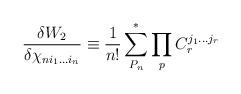
LaTeX: \begin{align*}{\frac{\delta W_2}{\delta\chi_{ni_1...i_n}}}\equiv {\frac{1}{n!}}\sum^*_{P_n}\prod_{p}C_r^{j_1...j_r}\end{align*}